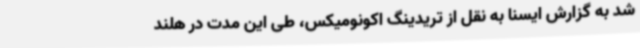
شد به گزارش ایسنا به نقل از تریدینگ اکونومیکس، طی این مدت در هلند